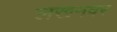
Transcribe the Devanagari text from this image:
लखनवर